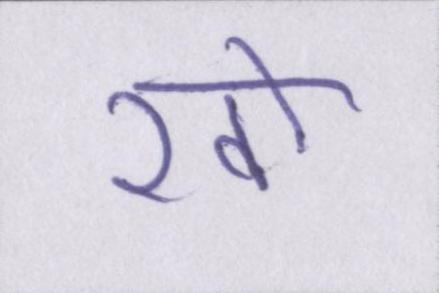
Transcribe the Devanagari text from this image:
खो